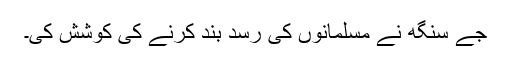
جے سنگھ نے مسلمانوں کی رسد بند کرنے کی کوشش کی۔